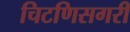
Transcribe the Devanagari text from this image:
चिटणिसगरी